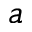
_ { a }